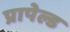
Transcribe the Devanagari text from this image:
प्रापेल्ड